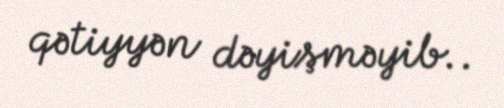
qətiyyən dəyişməyib..